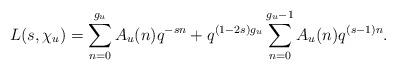
LaTeX: \begin{align*}L(s,\chi_{u}) = \sum_{n=0}^{g_{u}} A_{u}(n) q^{-sn} + q^{(1-2s)g_{u}} \sum_{n=0}^{g_{u}-1} A_{u}(n) q^{(s-1)n}.\end{align*}